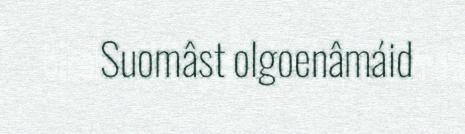
Suomâst olgoenâmáid